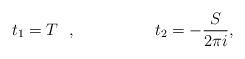
LaTeX: \begin{align*}t_1=T~~, \hspace{2cm} t_2=-\frac{S}{2 \pi i},\end{align*}